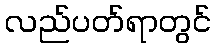
လည်ပတ်ရာတွင်